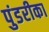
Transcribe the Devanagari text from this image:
पुंडरीका